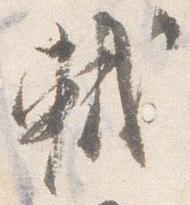
軾